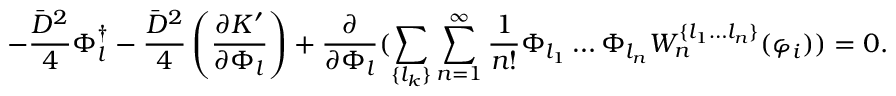
- \frac { \bar { D } ^ { 2 } } { 4 } \Phi _ { l } ^ { \dagger } - \frac { \bar { D } ^ { 2 } } { 4 } \left( \frac { \partial K ^ { \prime } } { \partial \Phi _ { l } } \right) + \frac { \partial } { \partial \Phi _ { l } } ( \sum _ { \{ l _ { k } \} } \sum _ { n = 1 } ^ { \infty } \frac { 1 } { n ! } \Phi _ { l _ { 1 } } \ldots \Phi _ { l _ { n } } W _ { n } ^ { \{ l _ { 1 } \ldots l _ { n } \} } ( \varphi _ { i } ) ) = 0 .